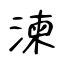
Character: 湅